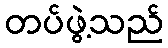
တပ်ဖွဲ့သည်